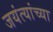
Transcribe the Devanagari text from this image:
जयंत्यांच्या